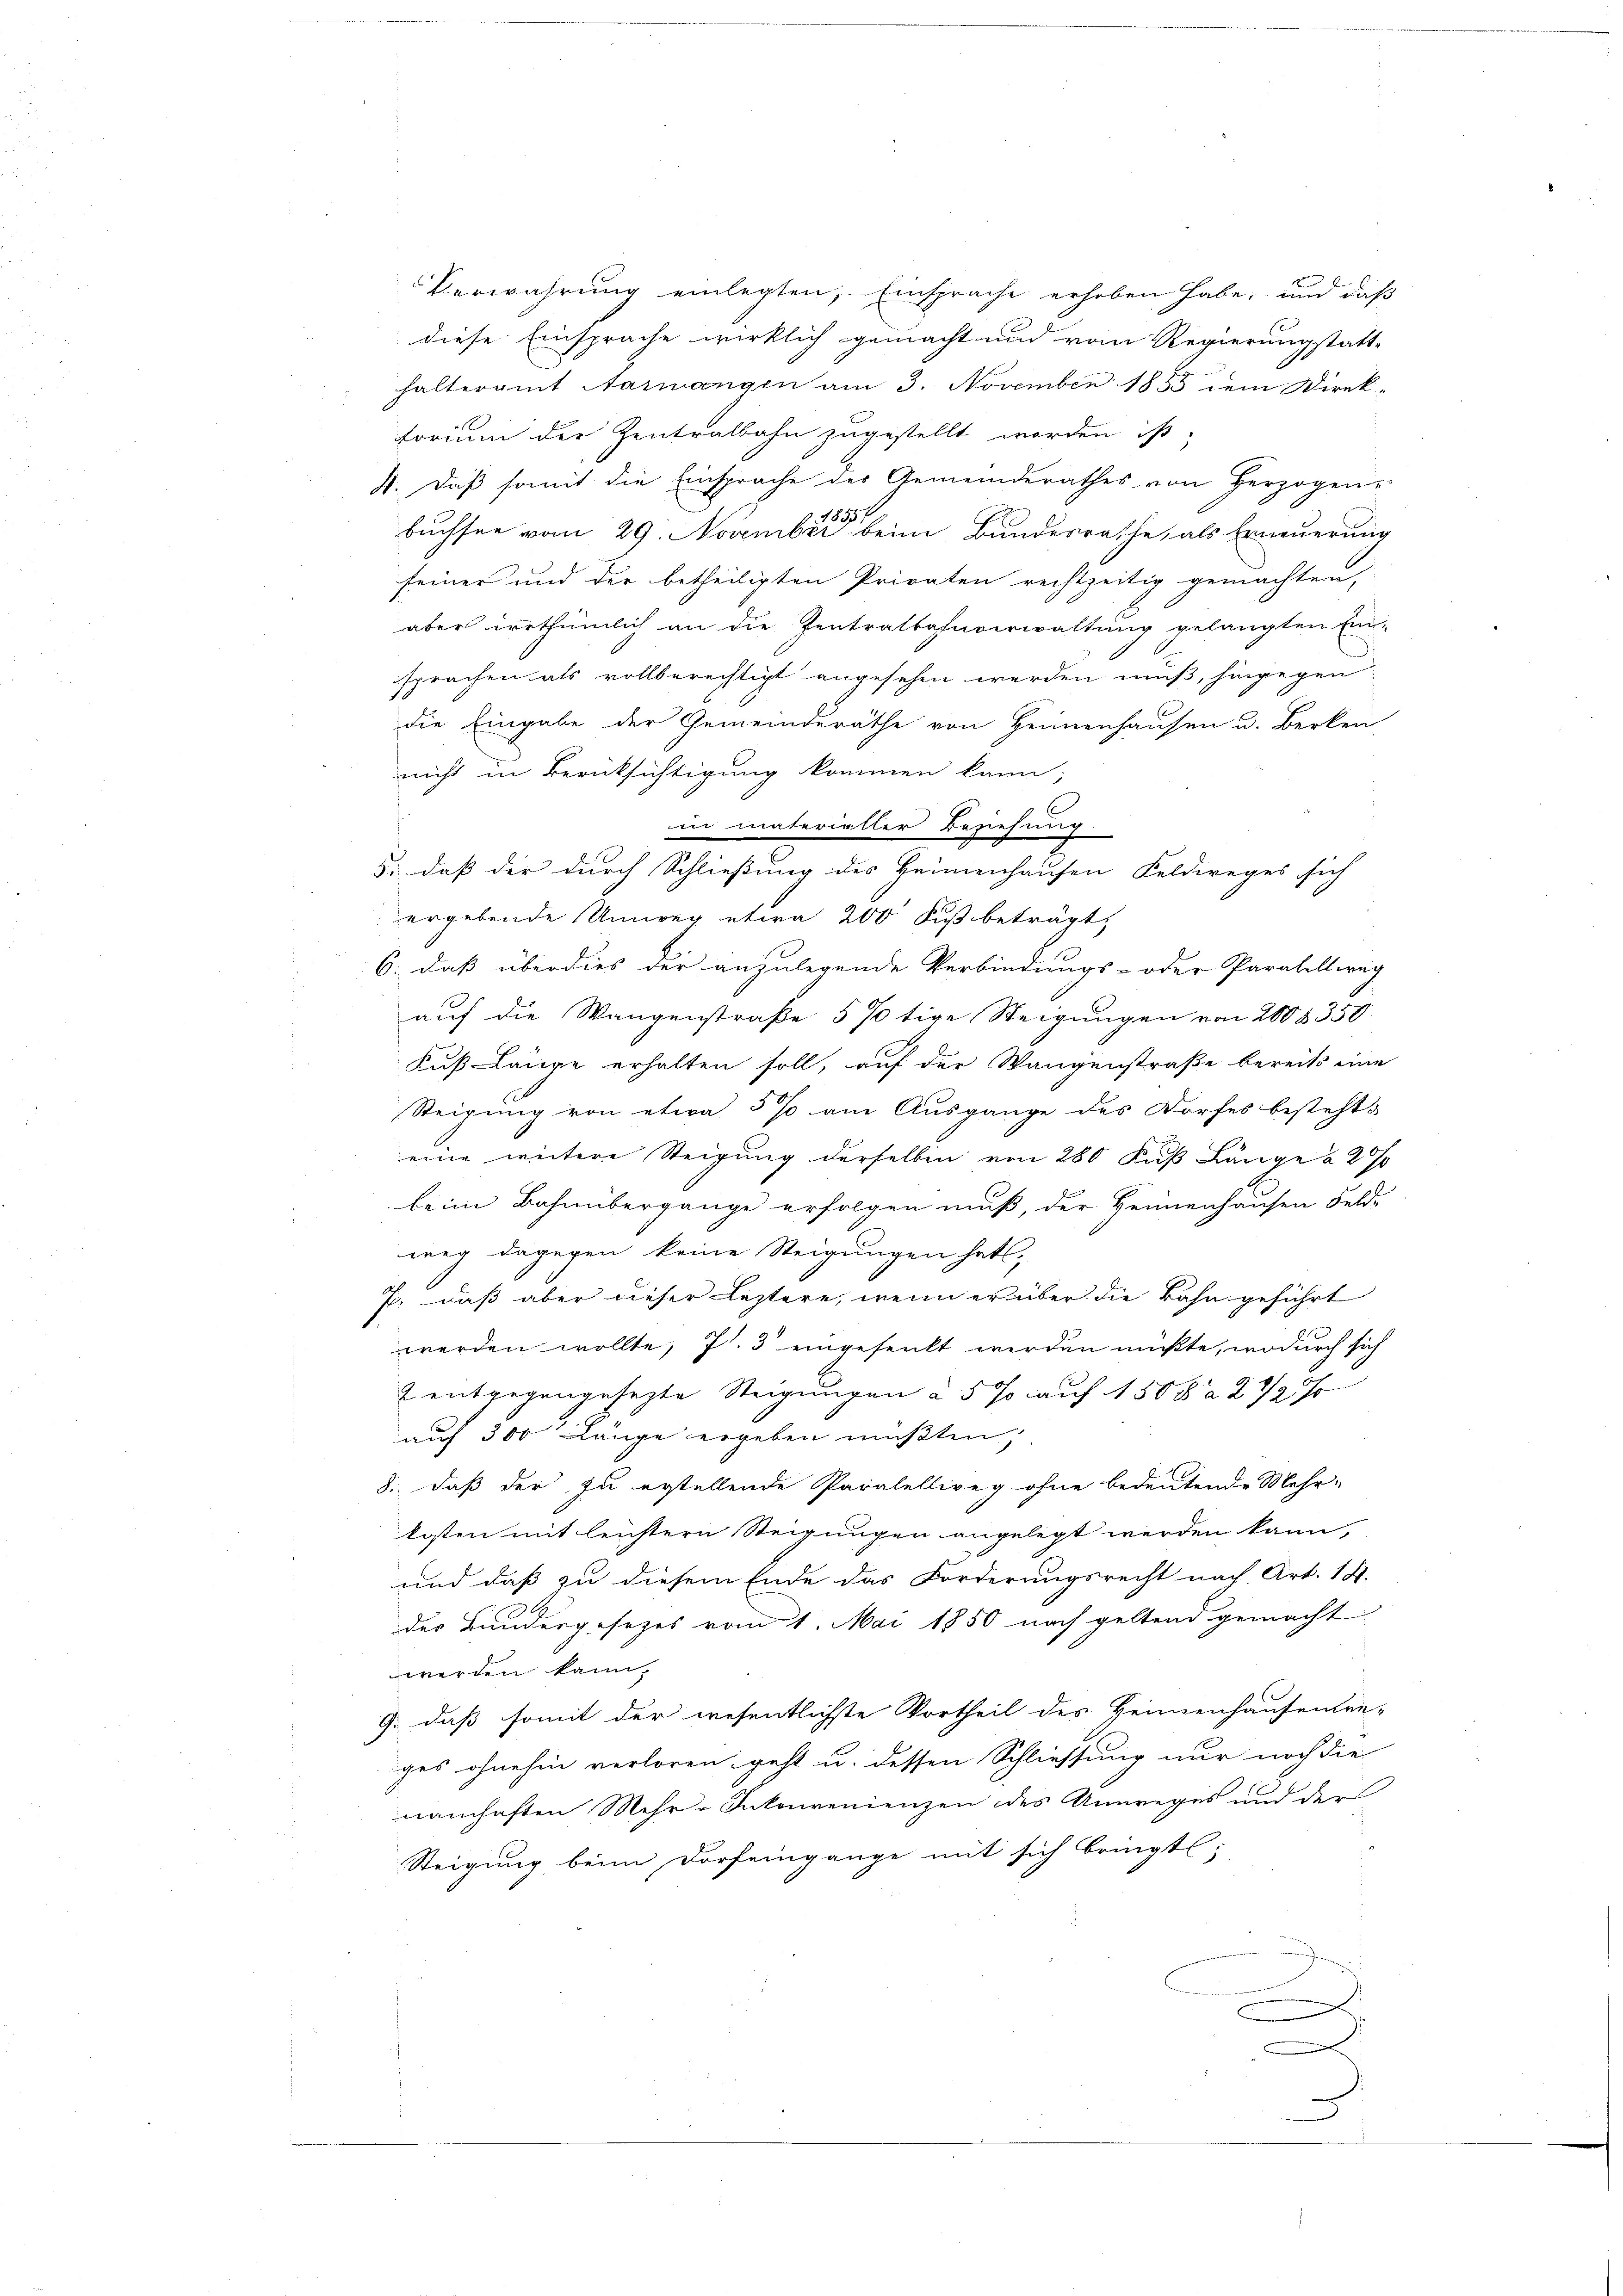
Verwahrung einlegten, Einsprache erhoben habe; und daß
diese Einsprache wirklich gemacht und vom Regierungstatt-
halteramt Stariangen am 3. November 1855 dem Direk-
forium der Zentralbahn zugestellt worden ist,
4. Daß somit die Einsprache der Gemeinderathes von Herzogen-
buchsen vom 29. November beine Bundesrathe, als Erneuerung
feiner und der betheiligten Privaten rechtzeitig gemachten,
aber irrthümlich an die Zentralbahnverwaltung gelangten Ein-
sprachen als vollberechtigt angesehen werden muß, hingegen
die Eingabe der Gemeinderäthe von Heimenhausen u. Berken
nicht in Berüksichtigung kommen kann;
in materieller Beziehung.
5: daß der durch Schließung des Heimenhausen Feldweges sich
ergebende Umweg etwa 200 Fuß beträgt,
6., daß überdies der anzulegende Verbindungs- oder Paralellweg
auf die Wangenstraße 5 %tige Steigungen von 200 § 350.
Fuß Länge erhalten soll, auf der Wangenstraße bereits eine
Steigung von etwa 5% am Ausgange des Dorfes besteht s
eine weitere Steigung derselben von 280 Fuß Länge à 2%
beim Bahnübergange erfolgen muß, der Heimenhausen Felde
weg dagegen keine Steigungen hat,
7, daß aber dieser Leztere, wenn er über die Bahn geführt
werden wollte, 7. 3 eingesenkt werden müßte, wodurch sich
2 entgegangesezte Steigungen à 5 % auf 150 r a 2 1/2 %
auf 300 Länge ergeben mußten,
8., daß der zu erstellende Paralelliveg ohne bedeutende Mehr-
kosten mit leichtern Steigungen angelegt werden kann,
und daß zu diesem Ende das Forderungsrecht nach Art. 14.
der Bundesgesetzes vom 1. Mai 1850 nach geltend gemacht
werden kann,
9., daß somit der wesentlichste Vortheil des Heimenhausentre-
ges ohnehin verloren geht u. dessen Schliessung nur noch die
namhaften Mehr-Inkonvenienzen des Umweges und der
Steigung beim Dorfeingange mit sich bringt;
.